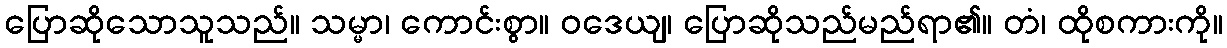
ပြောဆိုသောသူသည်။ သမ္မာ၊ ကောင်းစွာ။ ဝဒေယျ၊ ပြောဆိုသည်မည်ရာ၏။ တံ၊ ထိုစကားကို။